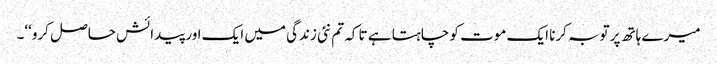
میرے ہاتھ پر توبہ کرنا ایک موت کو چاہتا ہے تا کہ تم نئی زندگی میں ایک اور پیدائش حاصل کرو‘‘۔